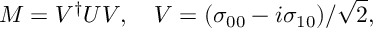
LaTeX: { \cal M } = V ^ { \dagger } { \cal U } V , \quad V = ( \sigma _ { 0 0 } - i \sigma _ { 1 0 } ) / \sqrt { 2 } ,